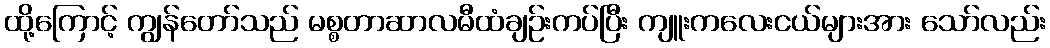
ထို့ကြောင့် ကျွန်တော်သည် မစ္စတာဆာလမီထံချဉ်းကပ်ပြီး ကျူးကလေးငယ်များအား သော်လည်း